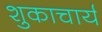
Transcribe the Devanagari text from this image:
शुकाचार्य